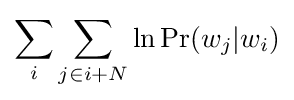
\sum _{i}\sum _{j\in i+N}\ln \Pr(w_{j}|w_{i})